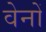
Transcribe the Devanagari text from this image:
वेनों